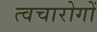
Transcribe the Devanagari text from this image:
त्वचारोगों